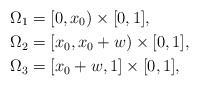
\begin{align*}\Omega_{1} &= [0, x_0) \times [0, 1], \\\Omega_{2} &= [x_0, x_0 + w) \times [0,1], \\\Omega_{3} &= [x_0 + w, 1] \times [0,1],\end{align*}